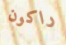
راكون